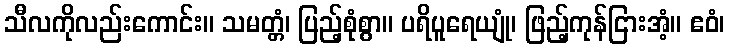
သီလကိုလည်းကောင်း။ သမတ္တံ၊ ပြည့်စုံစွာ။ ပရိပူရေယျုံ၊ ဖြည့်ကုန်ငြားအံ့။ ဧဝံ၊